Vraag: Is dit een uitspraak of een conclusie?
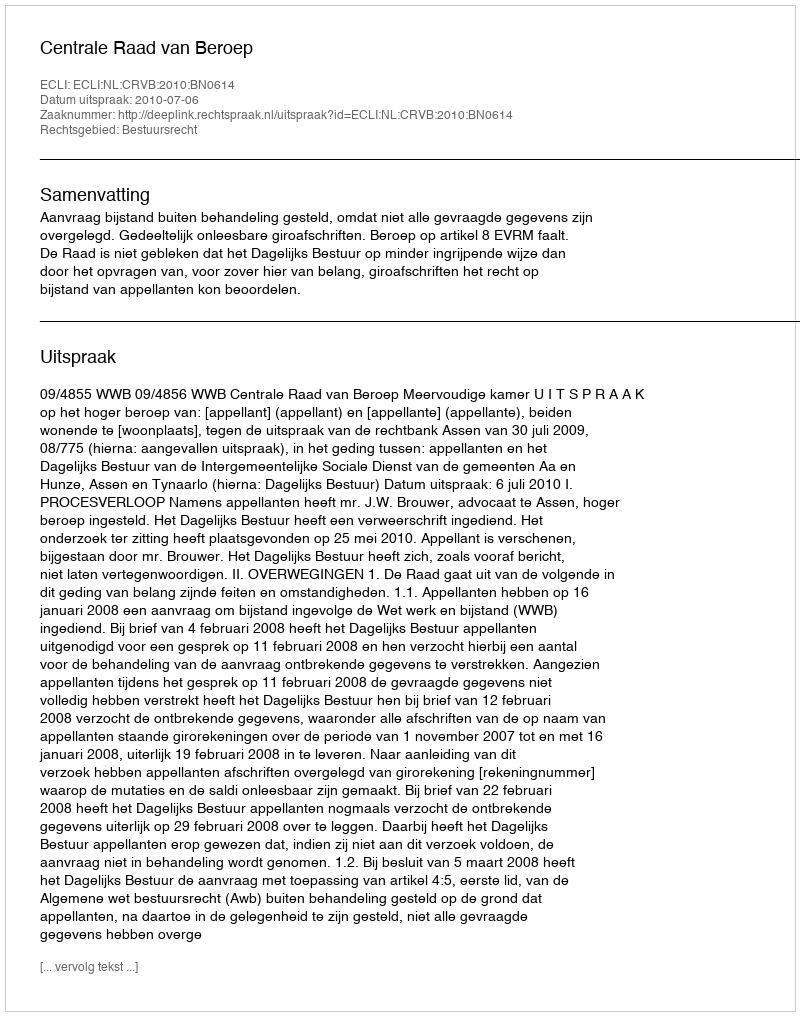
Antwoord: Uitspraak